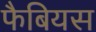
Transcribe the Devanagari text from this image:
फैबियस